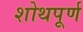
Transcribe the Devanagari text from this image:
शोथपूर्ण